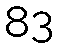
83